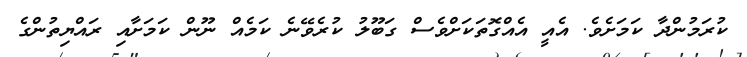
ކުރަމުންދާ ކަމަށެވެ. އެއީ އެއްގޮތަކަށްވެސް ގަބޫލު ކުރެވޭނެ ކަމެއް ނޫން ކަމަށާއި ރައްޔިތުންގެ